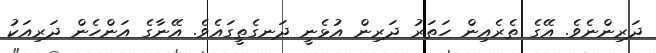
ދަރިންނެވެ. އޭގެ ތެރެއިން ހަތަރު ދަރިން އުޅެނީ ދަނގެތީގައެވެ. އޭނާގެ އަންހެން ދަރިއަކު